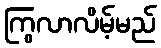
ကြွလာလိမ့်မည်